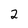
Character: 2